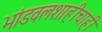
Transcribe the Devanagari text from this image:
भांडवलशाहीचाही